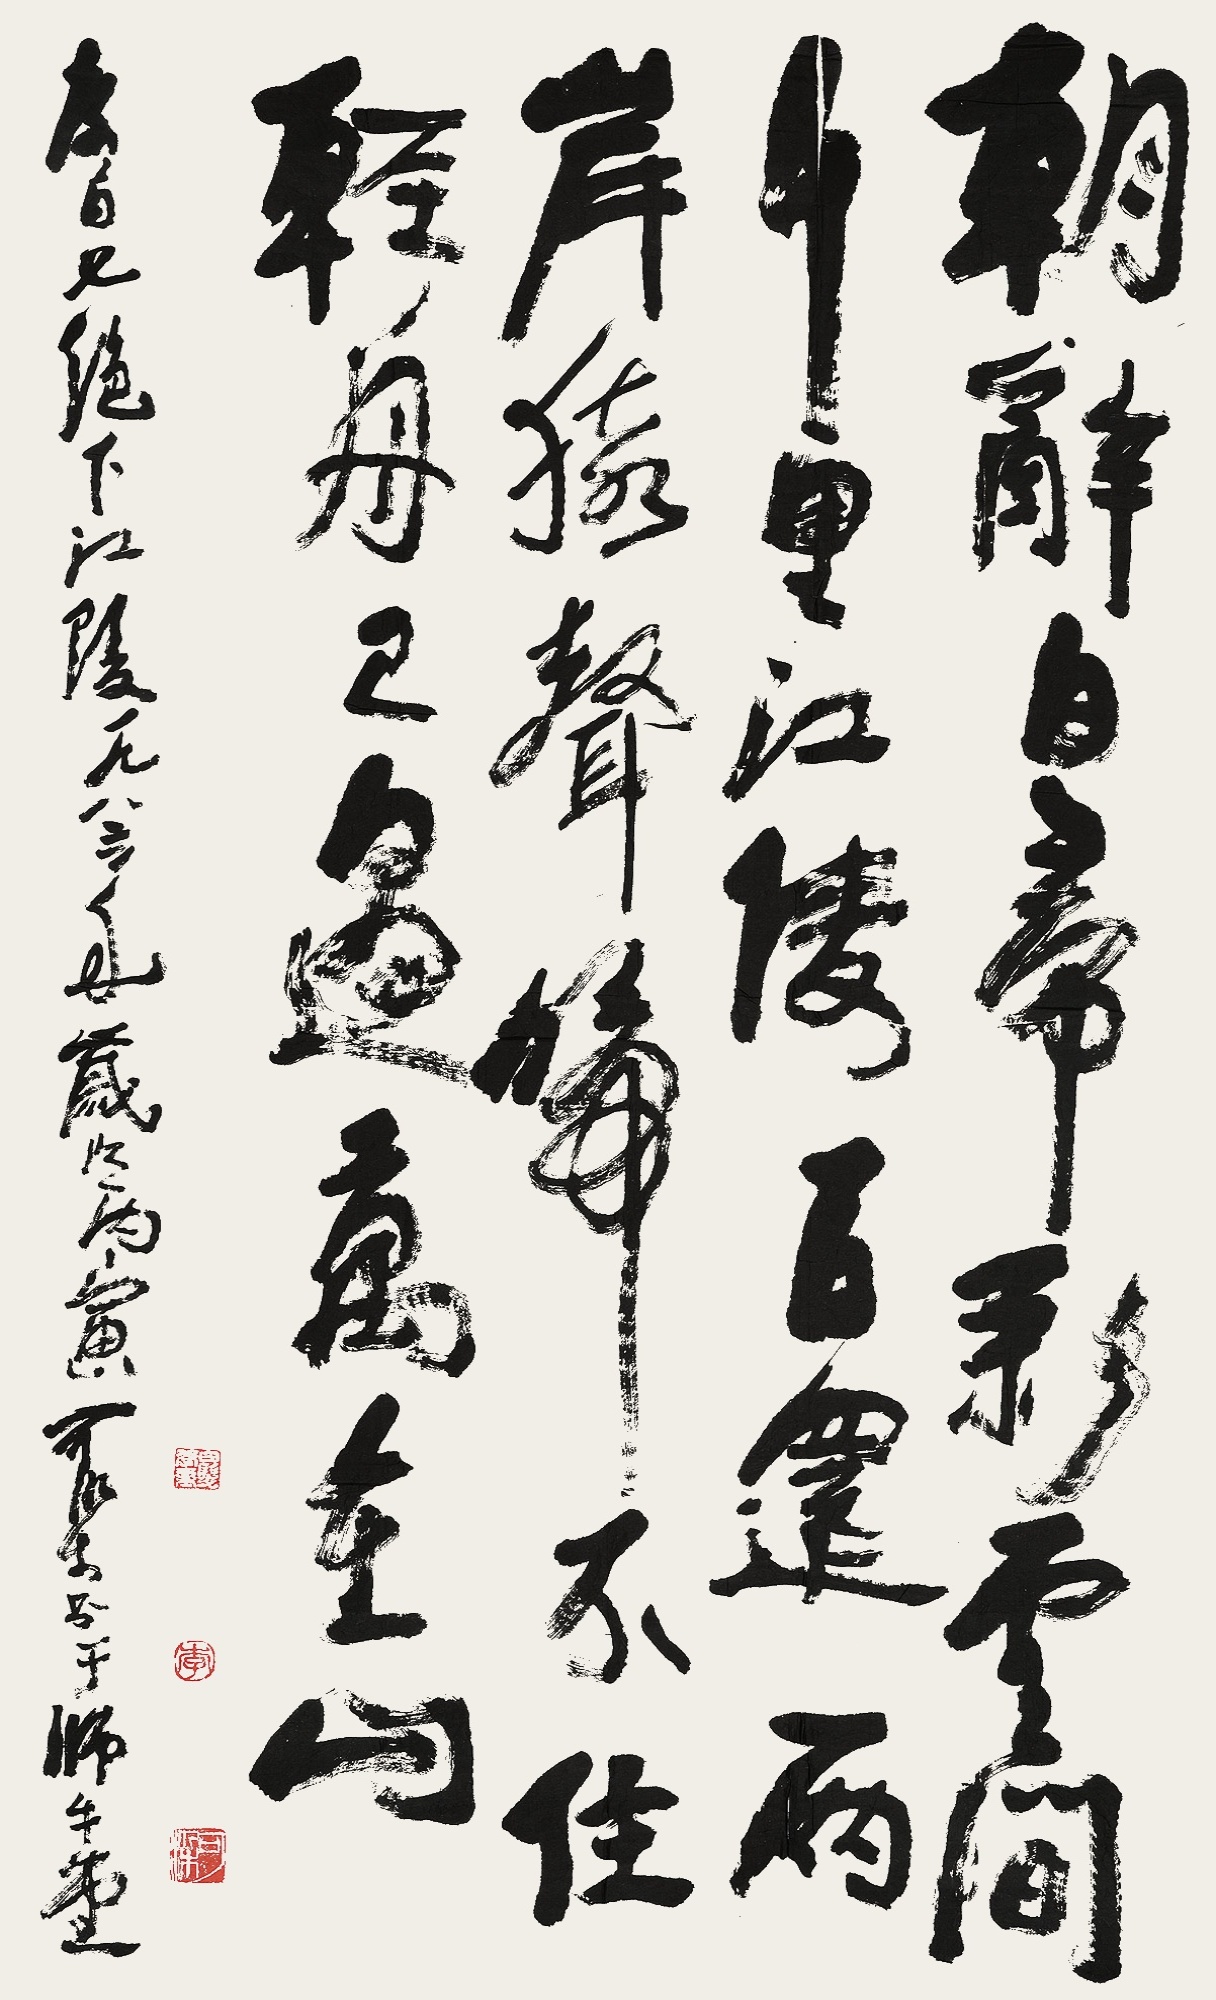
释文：朝辞白帝彩云间，千里江陵一日还。两岸猿声啼不住，轻舟已过万重山。李白七绝下江陵。一九八六年岁次丙寅，可染书于师牛堂。